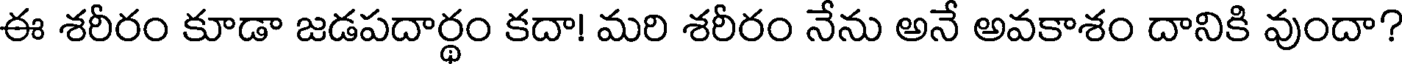
ఈ శరీరం కూడా జడపదార్థం కదా! మరి శరీరం నేను అనే అవకాశం దానికి వుందా?